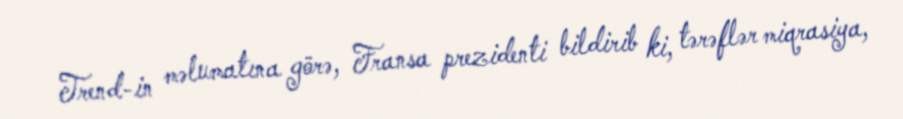
Trend-in məlumatına görə, Fransa prezidenti bildirib ki, tərəflər miqrasiya,